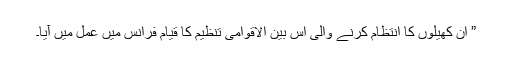
” اِن کھیلوں کا انتظام کرنے والی اس بین الاقوامی تنظیم کا قیام فرانس میں عمل میں آیا۔